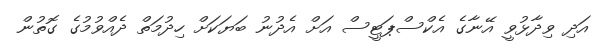
އަދި ވިދާޅުވީ އޭނާގެ އެކްސްޕަޓީސް އަށް އެދުނު ބަޔަކަށް ހިދުމަތް ދެއްވުމުގެ ގޮތުން